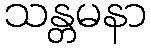
သန္တမနာ